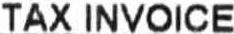
TAX INVOICE